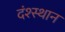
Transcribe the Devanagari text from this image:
दंश्स्थान